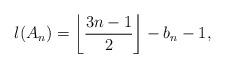
LaTeX: \begin{align*}l(A_n) = \left\lfloor \frac{3n-1}{2}\right\rfloor - b_n - 1,\end{align*}